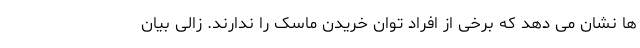
ها نشان می دهد که برخی از افراد توان خریدن ماسک را ندارند. زالی بیان